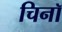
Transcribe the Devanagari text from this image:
चिनॉ